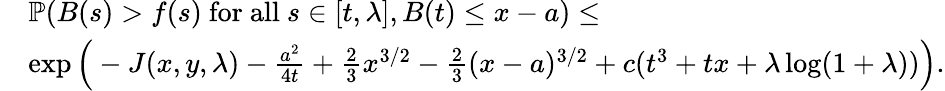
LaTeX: \begin{array}{rl}&{\mathbb{P}(B(s)>f(s)\mathrm{~for~all~}s\in[t,\lambda],B(t)\le x-a)\le}\\ &{\exp\Big(-J(x,y,\lambda)-\frac{a^{2}}{4t}+\frac{2}{3}x^{3/2}-\frac{2}{3}(x-a)^{3/2}+c(t^{3}+tx+\lambda\log(1+\lambda))\Big).}\end{array}